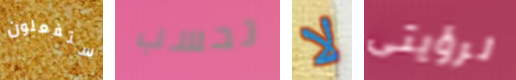
ستفعلون تحسب لا لرؤيتى